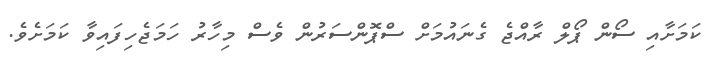
ކަމަށާއި ސޯން ޕޯލް ރާއްޖެ ގެނައުމަށް ސްޕޮންސަރުން ވެސް މިހާރު ހަމަޖެހިފައިވާ ކަމަށެވެ.